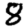
Digit: 8